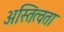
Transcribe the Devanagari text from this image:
अस्तित्वता